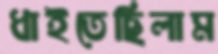
ধাইতেছিলাম